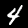
Digit: 4